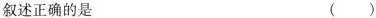
叙述正确的是 （）